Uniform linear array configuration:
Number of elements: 4
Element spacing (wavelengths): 0.25
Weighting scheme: blackman
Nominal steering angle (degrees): -60
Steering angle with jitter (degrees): -58.781
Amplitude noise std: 0.05
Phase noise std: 0.05

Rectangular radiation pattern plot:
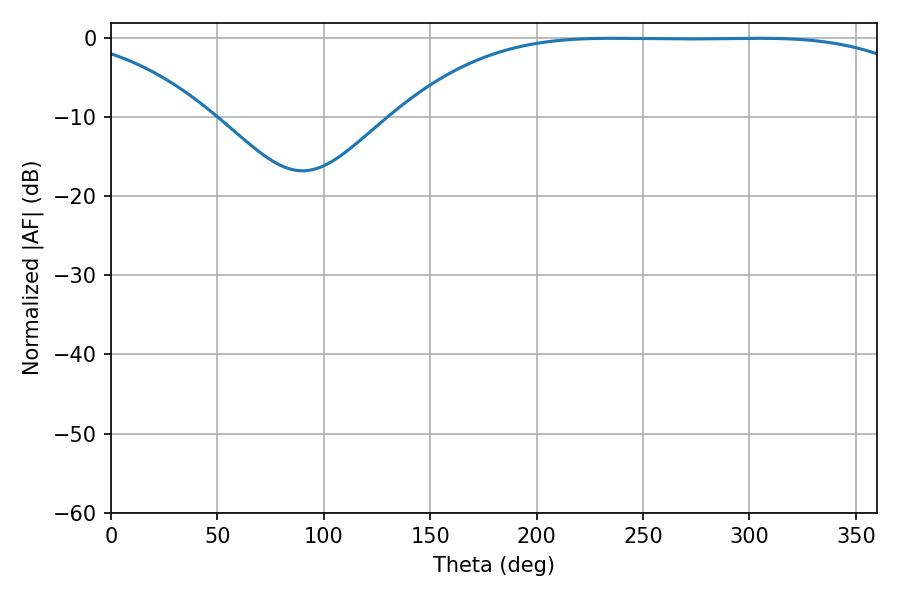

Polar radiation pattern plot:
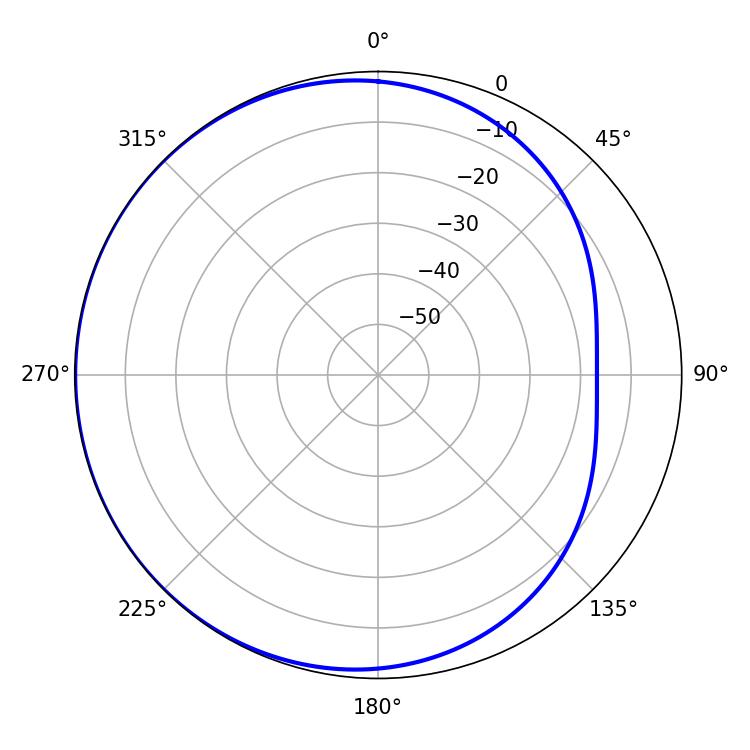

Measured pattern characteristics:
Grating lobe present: FALSE
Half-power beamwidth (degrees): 190.08
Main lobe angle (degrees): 235.62